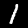
Digit: 1